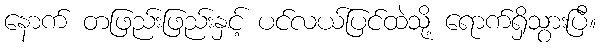
နောက် တဖြည်းဖြည်းနှင့် ပင်လယ်ပြင်ထဲသို့ ရောက်ရှိသွားပြီ။